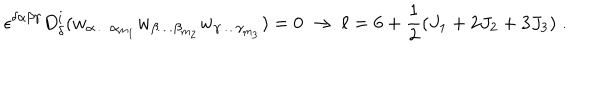
\epsilon ^ { \delta \alpha \beta \gamma } D _ { \delta } ^ { i } ( w _ { \alpha \ldots \alpha _ { m _ { 1 } } } w _ { \beta \ldots \beta _ { m _ { 2 } } } w _ { \gamma \ldots \gamma _ { m _ { 3 } } } ) = 0 \ \rightarrow \ \ell = 6 + { \frac { 1 } { 2 } } ( J _ { 1 } + 2 J _ { 2 } + 3 J _ { 3 } ) \; .